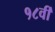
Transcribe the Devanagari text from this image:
१८वीँ